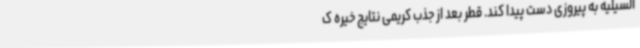
السیلیه به پیروزی دست پیدا کند. قطر بعد از جذب کریمی نتایج خیره ک